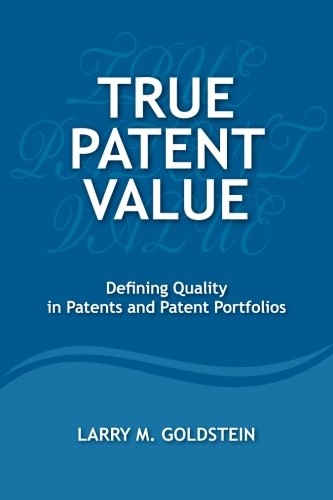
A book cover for True Patent Value: Defining Quality in Patents and Patent Portfolios; Mr. Larry M Goldstein; Law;